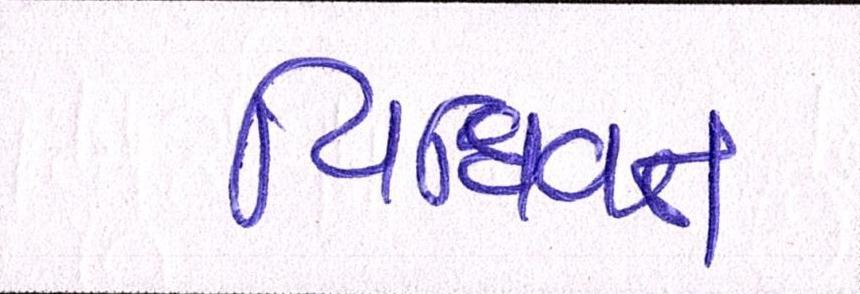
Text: વિધિવત